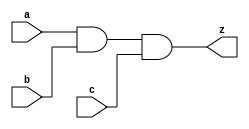
//#############################################################################
//# Function: 3-Input AND Gate                                                #
//# Copyright: Lambda Project Authors. All rights Reserved.                   #
//# License:  MIT (see LICENSE file in Lambda repository)                     #
//#############################################################################

module la_and3 #(
    parameter PROP = "DEFAULT"
) (
    input  a,
    input  b,
    input  c,
    output z
);

    assign z = a & b & c;

endmodule